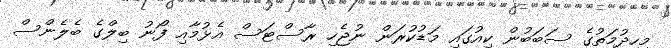
މިހިދުމަތުގެ ސަބަބުން ކިއުގައި މަޑުކުރަން ނުޖެހި ރާސްޓަސް އެޅުމާއި ފޯނު ބިލްގެ ބެލެންސް